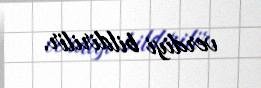
verdiyi bildirilir.